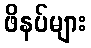
ဖိနပ်များ